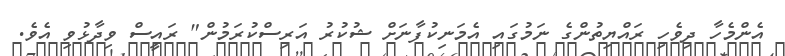
އެންމެހާ ދިވެހި ރައްޔިތުންގެ ނަމުގައި އެމަނިކުފާނަށް ޝުކުރު އަރިސްކުރަމުން" ރައީސް ވިދާޅުވި އެވެ.